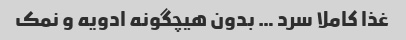
غذا کاملا سرد … بدون هیچگونه ادویه و نمک